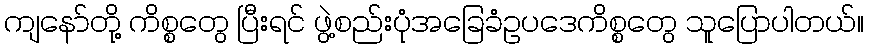
ကျနော်တို့ ကိစ္စတွေ ပြီးရင် ဖွဲ့စည်းပုံအခြေခံဥပဒေကိစ္စတွေ သူပြောပါတယ်။